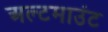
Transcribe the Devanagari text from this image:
अल्टमाउंट